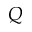
Q